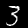
Label: 3